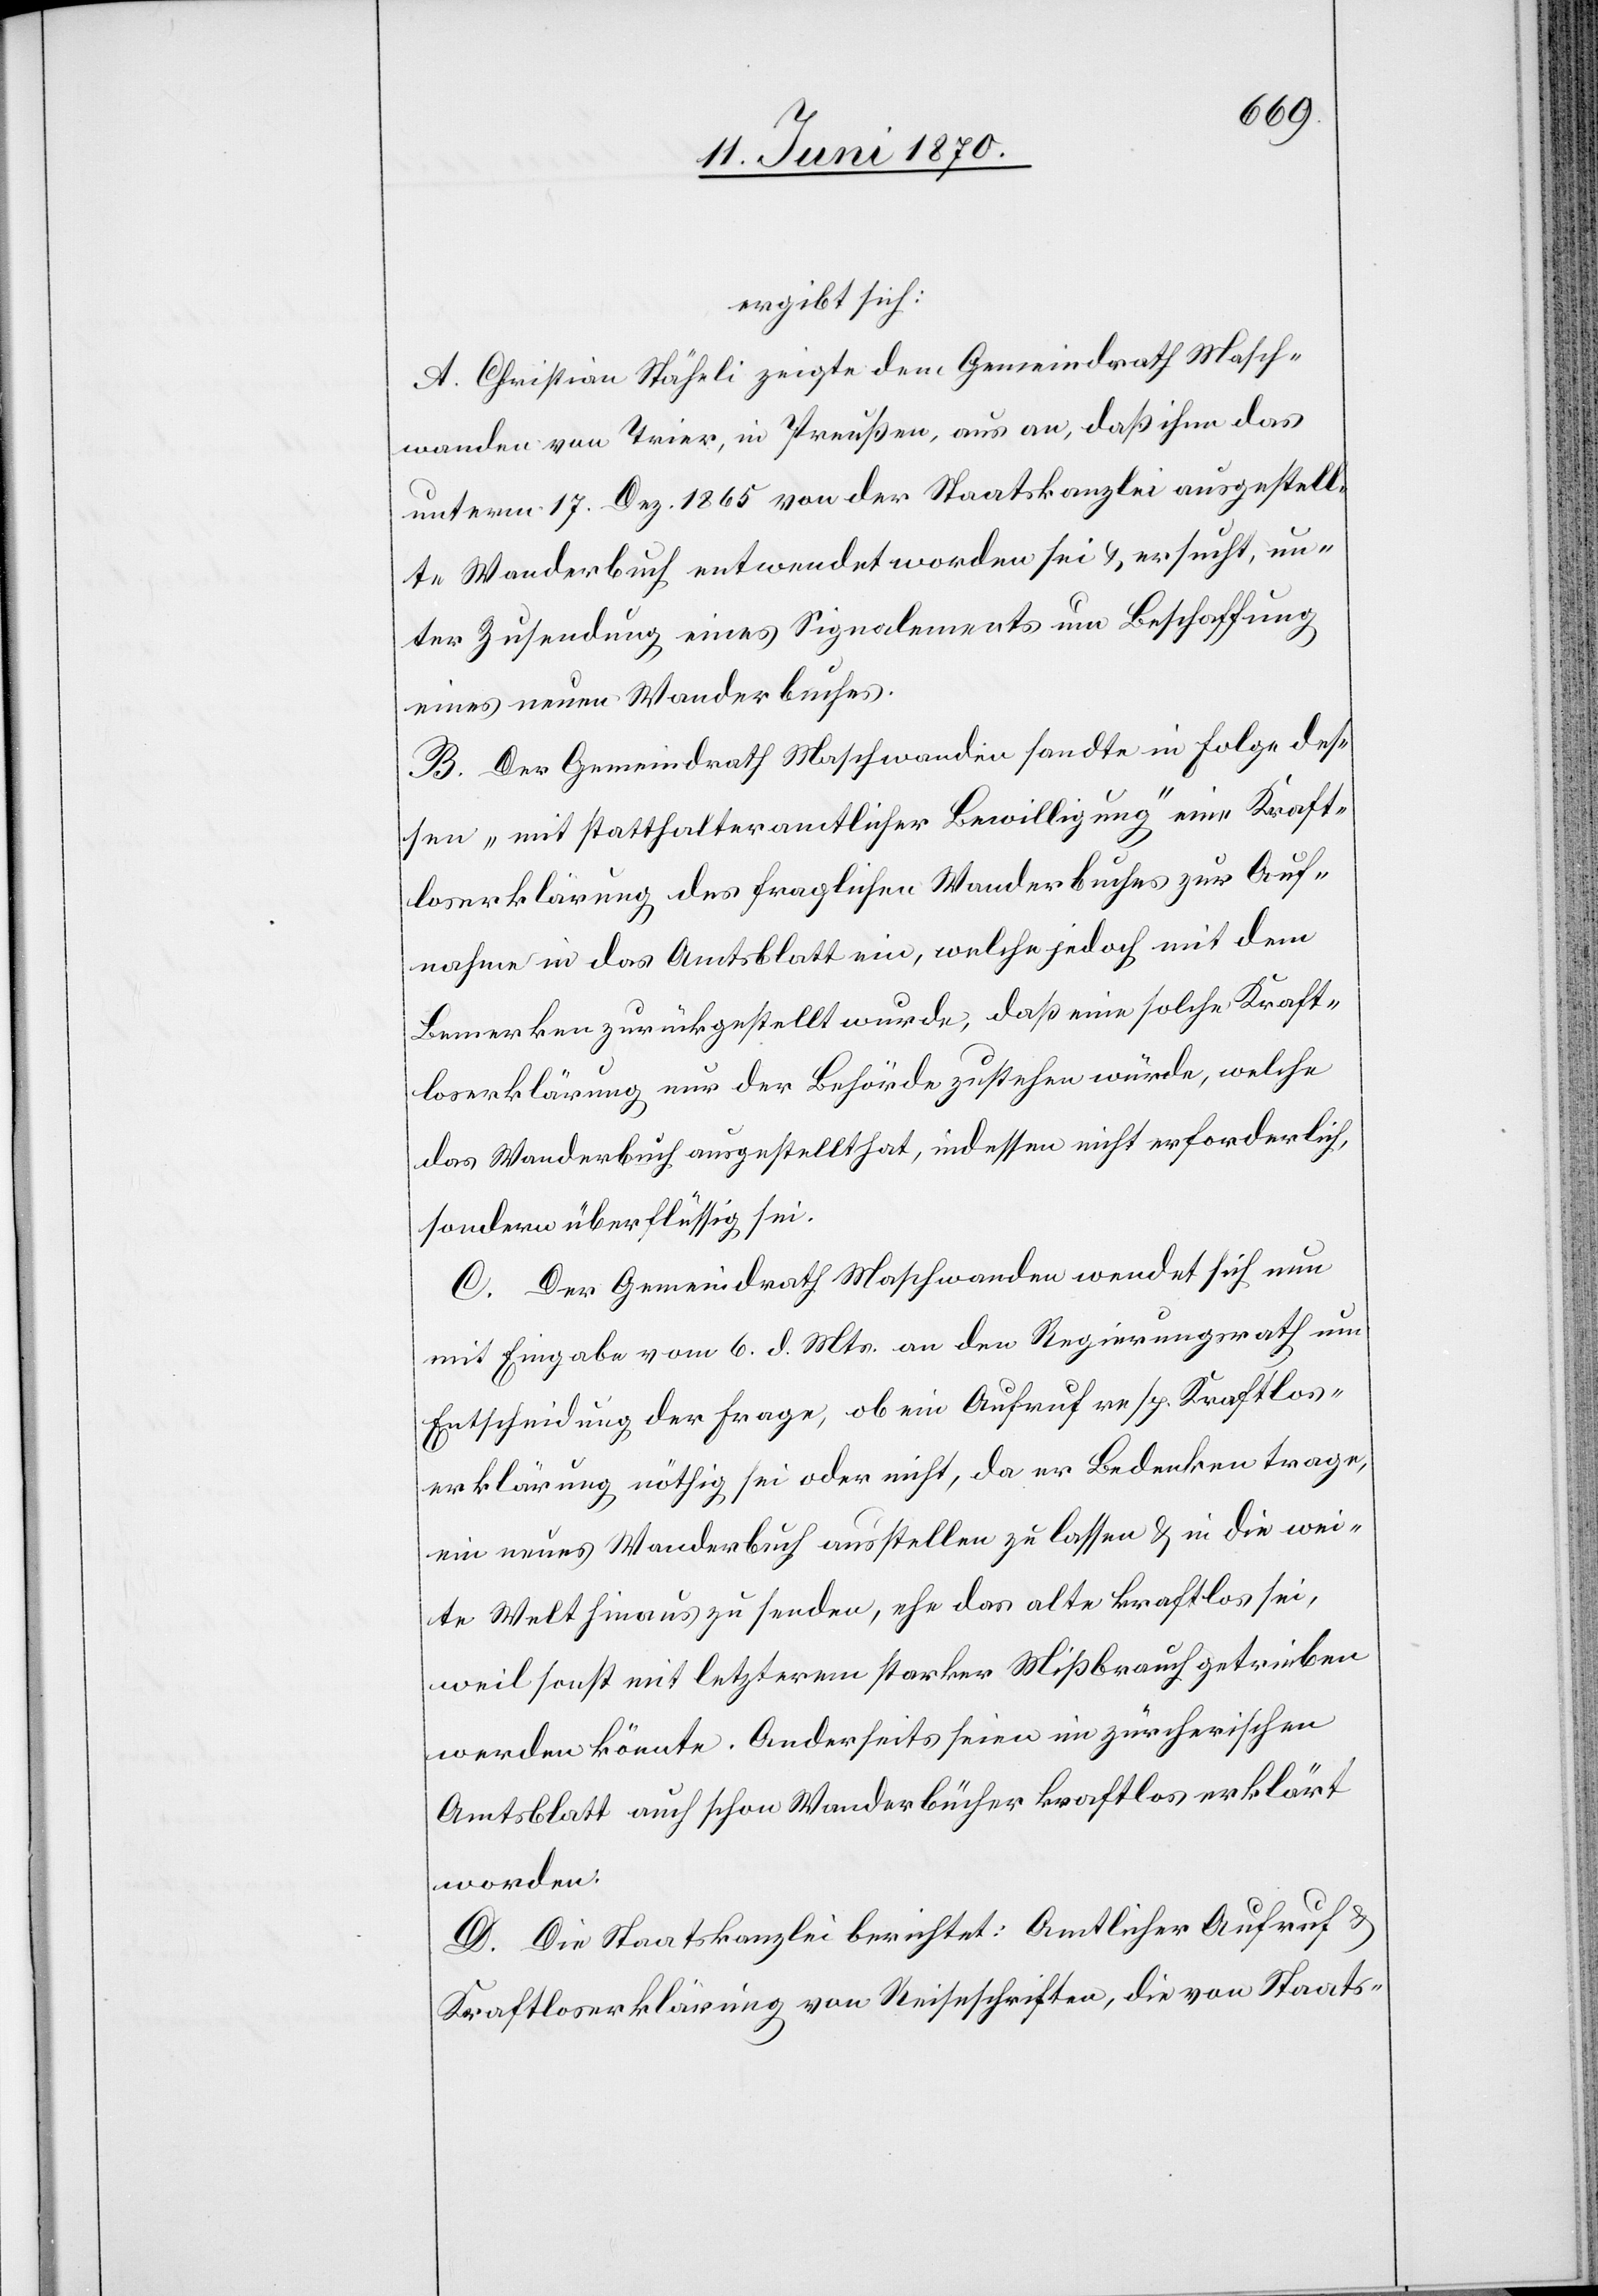
ergibt sich:
A. Christian Stäheli zeigte dem Gemeindrath Masch¬
wanden von Trier, in Preußen, aus an, daß ihm das
unterm 17. Dez. 1865 von der Staatskanzlei ausgestell¬
te Wanderbuch entwendet worden sei & ersucht, un¬
ter Zusendung eines Signalements um Beschaffung
eines neuen Wanderbuches.
B. Der Gemeindrath Maschwanden sandte in Folge des¬
sen „mit statthalteramtlicher Bewilligung“ eine Kraft¬
loserklärung des fraglichen Wanderbuches zur Auf¬
nahme in das Amtsblatt ein, welche jedoch mit dem
Bemerken zurückgestellt wurde, daß eine solche Kraft¬
loserklärung nur der Behörde zustehen würde, welche
das Wanderbuch ausgestellt hat, indessen nicht erforderlich,
sondern überflüssig sei.
C. Der Gemeindrath Maschwanden wendet sich nun
mit Eingabe vom 6. d. Mts. an den Regierungsrath um
Entscheidung der Frage, ob ein Aufruf resp. Kraftlos¬
erklärung nöthig sei oder nicht, da er Bedenken trage,
ein neues Wanderbuch ausstellen zu lassen & in die wei¬
te Welt hinaus zu senden, ehe das alte kraftlos sei,
weil sonst mit letzterem starker Mißbrauch getrieben
werden könnte. Anderseits seien im zürcherischen
Amtsblatt auch schon Wanderbücher kraftlos erklärt
worden.
D. Die Staatskanzlei berichtet: Amtlicher Aufruf &
Kraftloserklärung von Reiseschriften, die von Staats-